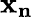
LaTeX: \mathbf{x}_{\mathbf{{n}}}